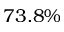
7 3 . 8 \%